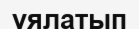
ұялатып